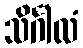
သိင်္ဂါလံ